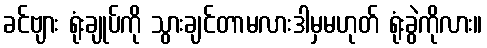
ခင်ဗျား ရုံးချုပ်ကို သွားချင်တာမလားဒါမှမဟုတ် ရုံးခွဲကိုလား။